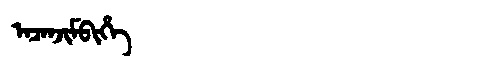
Manchu: ᠠᠴᠠᠨᠵᡳᠮᠪᡳᡥᡝ
Romanization: ACANJIMBIHE